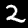
Digit: 2